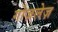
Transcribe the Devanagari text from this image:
गोज़लेज़